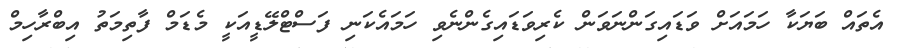
އެތައް ބަޔަކާ ހަމައަށް ވަޑައިގަންނަވަން ކެރިވަޑައިގެންނެވި ހަމައެކަނި ފަސްޓްލޭޑީއަކީ މެޑަމް ފާތިމަތު އިބްރާހިމް